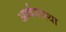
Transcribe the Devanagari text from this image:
अर्थ्वयास्था